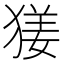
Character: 𤟲